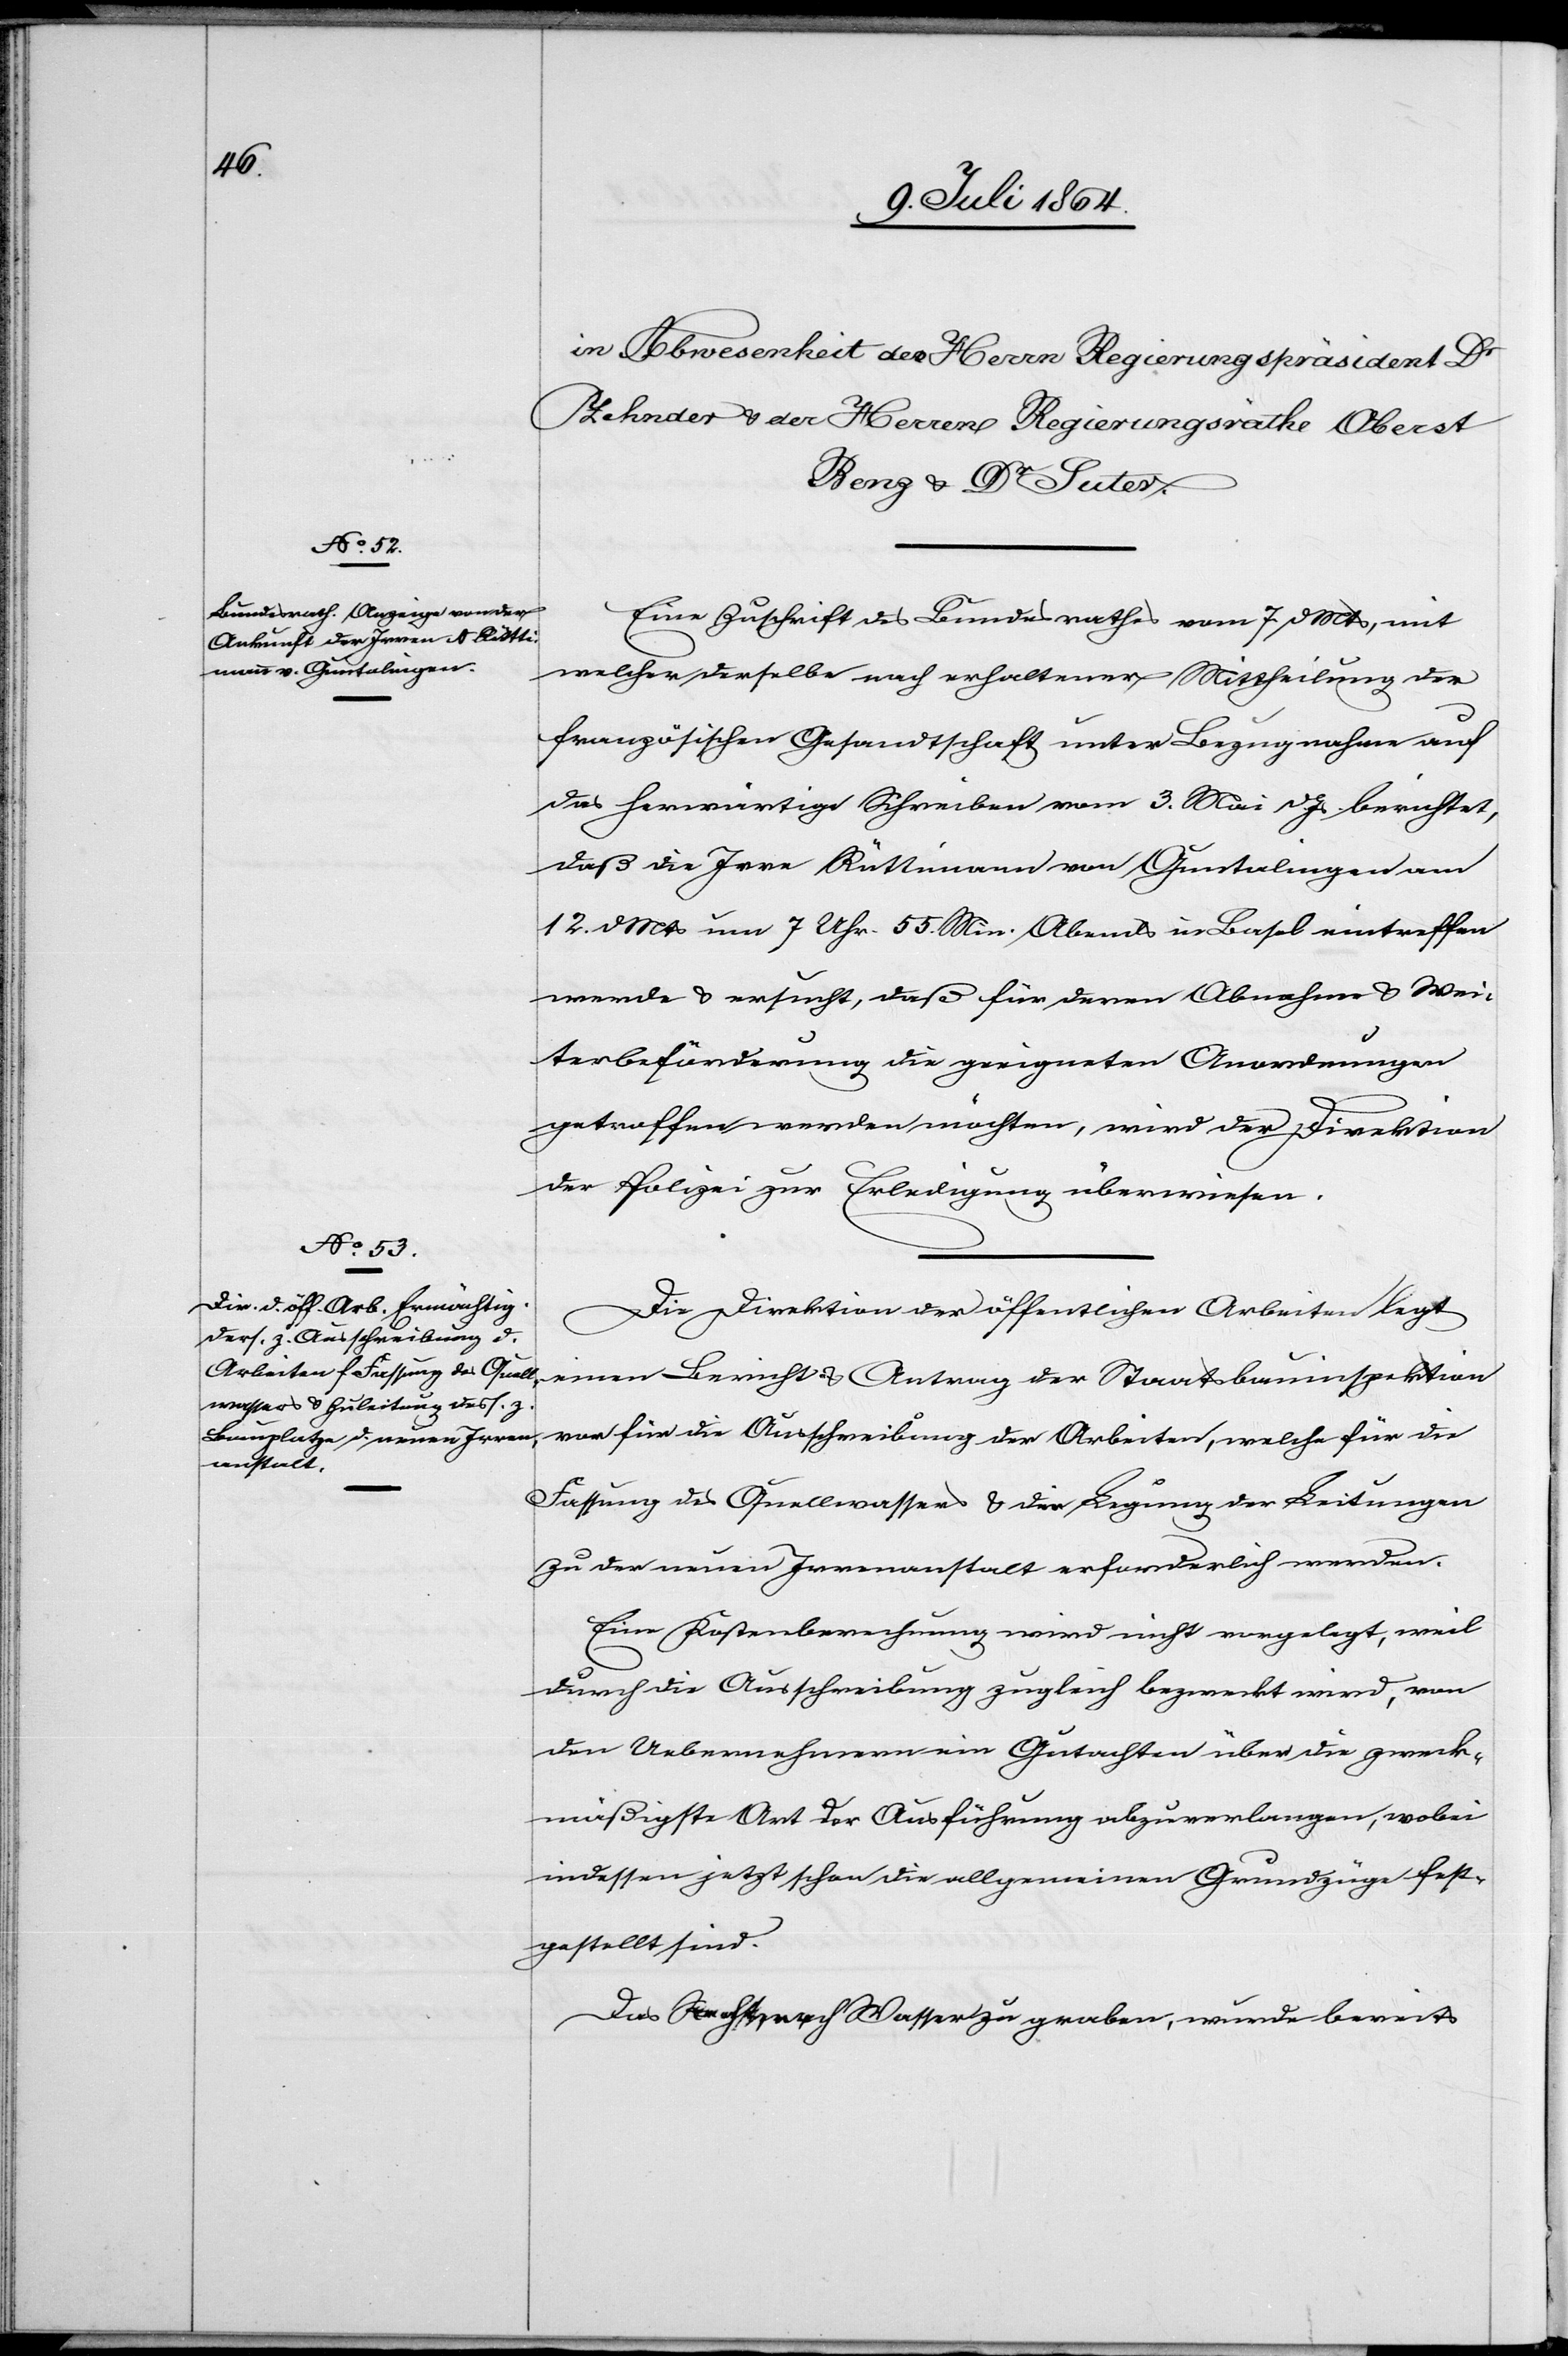
Eine Zuschrift des Bundesrathes vom 7. d. Mts., mit
welcher derselbe nach erhaltener Mittheilung der
französischen Gesandtschaft unter Bezugnahme auf
das herwärtige Schreiben vom 3. Mai d. Js. berichtet,
daß die Irre Rütlimann von Guntalingen am
12. d. Mts. um 7 Uhr. 55 Min. Abends in Basel eintreffen
werde u. ersucht, daß für deren Abnahme u. Wei¬
terbeförderung die geeigneten Anordnungen
getroffen werden möchten, wird der Direktion
der Polizei zur Erledigung überwiesen.
Die Direktion der öffentlichen Arbeiten legt
einen Bericht u. Antrag der Staatsbauinspektion
vor für die Ausschreibung der Arbeiten, welche für die
Fassung des Quellwassers u. die Legung der Leitungen
zu der neuen Irrenanstalt erforderlich werde.
Eine Kostenberechnung wird nicht vorgelegt, weil
durch die Ausschreibung zugleich bezweckt wird, von
den Uebernehmern ein Gutachten über die zweck¬
mäßigste Art der Ausführung abzuverlangen, wobei
indessen jetzt schon die allgemeinen Grundzüge fest¬
gestellt sind.
Das Recht nach Wasser zu graben, wurde bereits